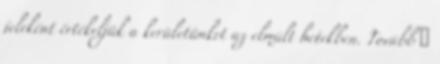
jeleként értékeljük a kerületünket az elmúlt hetekben. Tovább ›